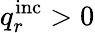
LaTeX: q_{r}^{\mathrm{inc}}>0